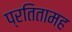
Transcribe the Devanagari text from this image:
प्रतितामह